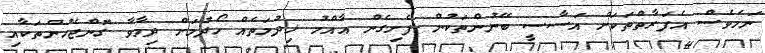
ނަމަވެސް އެފަރާތްތަކަށް އަސާސީ ބޭނުންތަކުން ފެށިގެން ޢާއްމު ޚިދުމަތެއް ހޯދުމަށް ދިމާވާ ގޮންޖެހުންތަކާއި